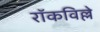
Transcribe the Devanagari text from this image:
रॉकविल्ले